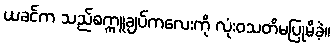
ယခင်က သည်စက္ကူချပ်ကလေးကို လုံးဝသတိမပြုမိခဲ့။